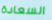
السعادة